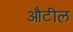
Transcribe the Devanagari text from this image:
औटील